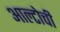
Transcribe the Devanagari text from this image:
आल्टोची